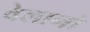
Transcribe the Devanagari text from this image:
वेलानो